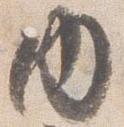
内